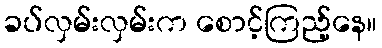
ခပ်လှမ်းလှမ်းက စောင့်ကြည့်နေ။